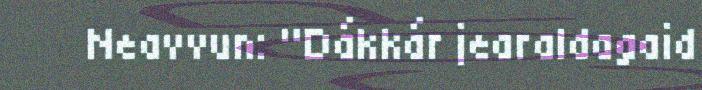
Neavvun: "Dákkár jearaldagaid